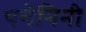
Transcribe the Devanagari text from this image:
पगेनिनी